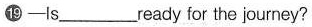
⑲——Is___ready for the journey?